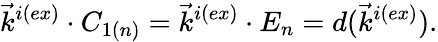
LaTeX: \vec{k}^{i(ex)}\cdot C_{1(n)}=\vec{k}^{i(ex)}\cdot E_{n}=d(\vec{k}^{i(ex)}).